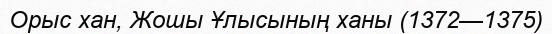
Орыс хан, Жошы Ұлысының ханы (1372—1375)